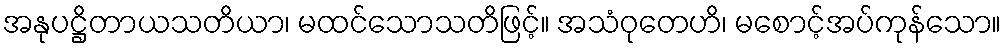
အနုပဋ္ဌိတာယသတိယာ၊ မထင်သောသတိဖြင့်။ အသံဝုတေဟိ၊ မစောင့်အပ်ကုန်သော။